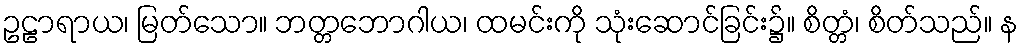
ဥဠာရာယ၊ မြတ်သော။ ဘတ္တဘောဂါယ၊ ထမင်းကို သုံးဆောင်ခြင်း၌။ စိတ္တံ၊ စိတ်သည်။ န